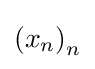
\left(x_{n}\right)_{n}